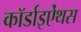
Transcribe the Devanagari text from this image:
कॉर्डाइऐंथस